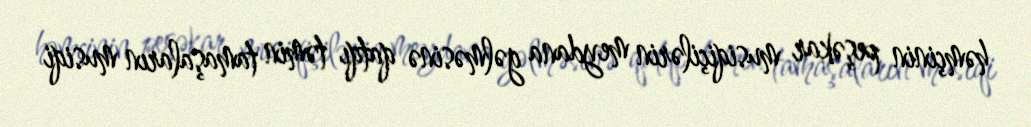
həmçinin peşəkar musiqiçilərin meydana gəlməsinə qatqı təmin tamaşaların musiqi